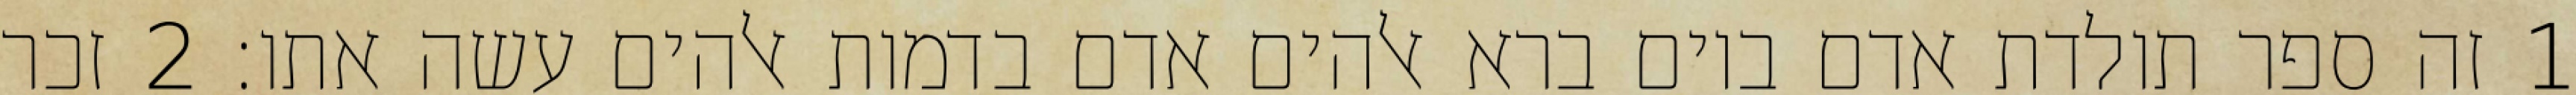
1 זה ספר תולדת אדם ביום ברא אלהים אדם בדמות אלהים עשה אתו׃ ‎2‏ זכר